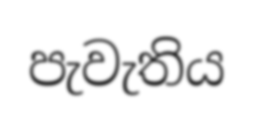
පැවැතිය